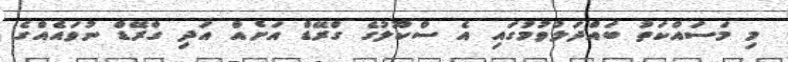
މި މަސައްކަތު ބައްދަލުވުމުގައި އެ ސްކޫލުގެ ގްރޭޑް އަށެއް އަދި ގްރޭޑް ނުވައެއްގެ